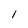
Character: 1